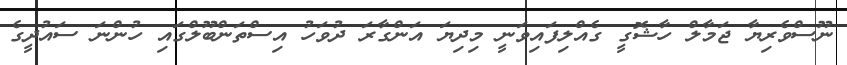
ނޫސްވެރިޔާ ޖަމާލް ހާޝޮގީ ގެއްލިފައިވަނީ މިދިޔަ އަންގާރަ ދުވަހު އިސްތަންބޫލްގައި ހުންނަ ސައުދީގެ